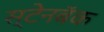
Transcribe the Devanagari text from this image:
स्टेनबॅक